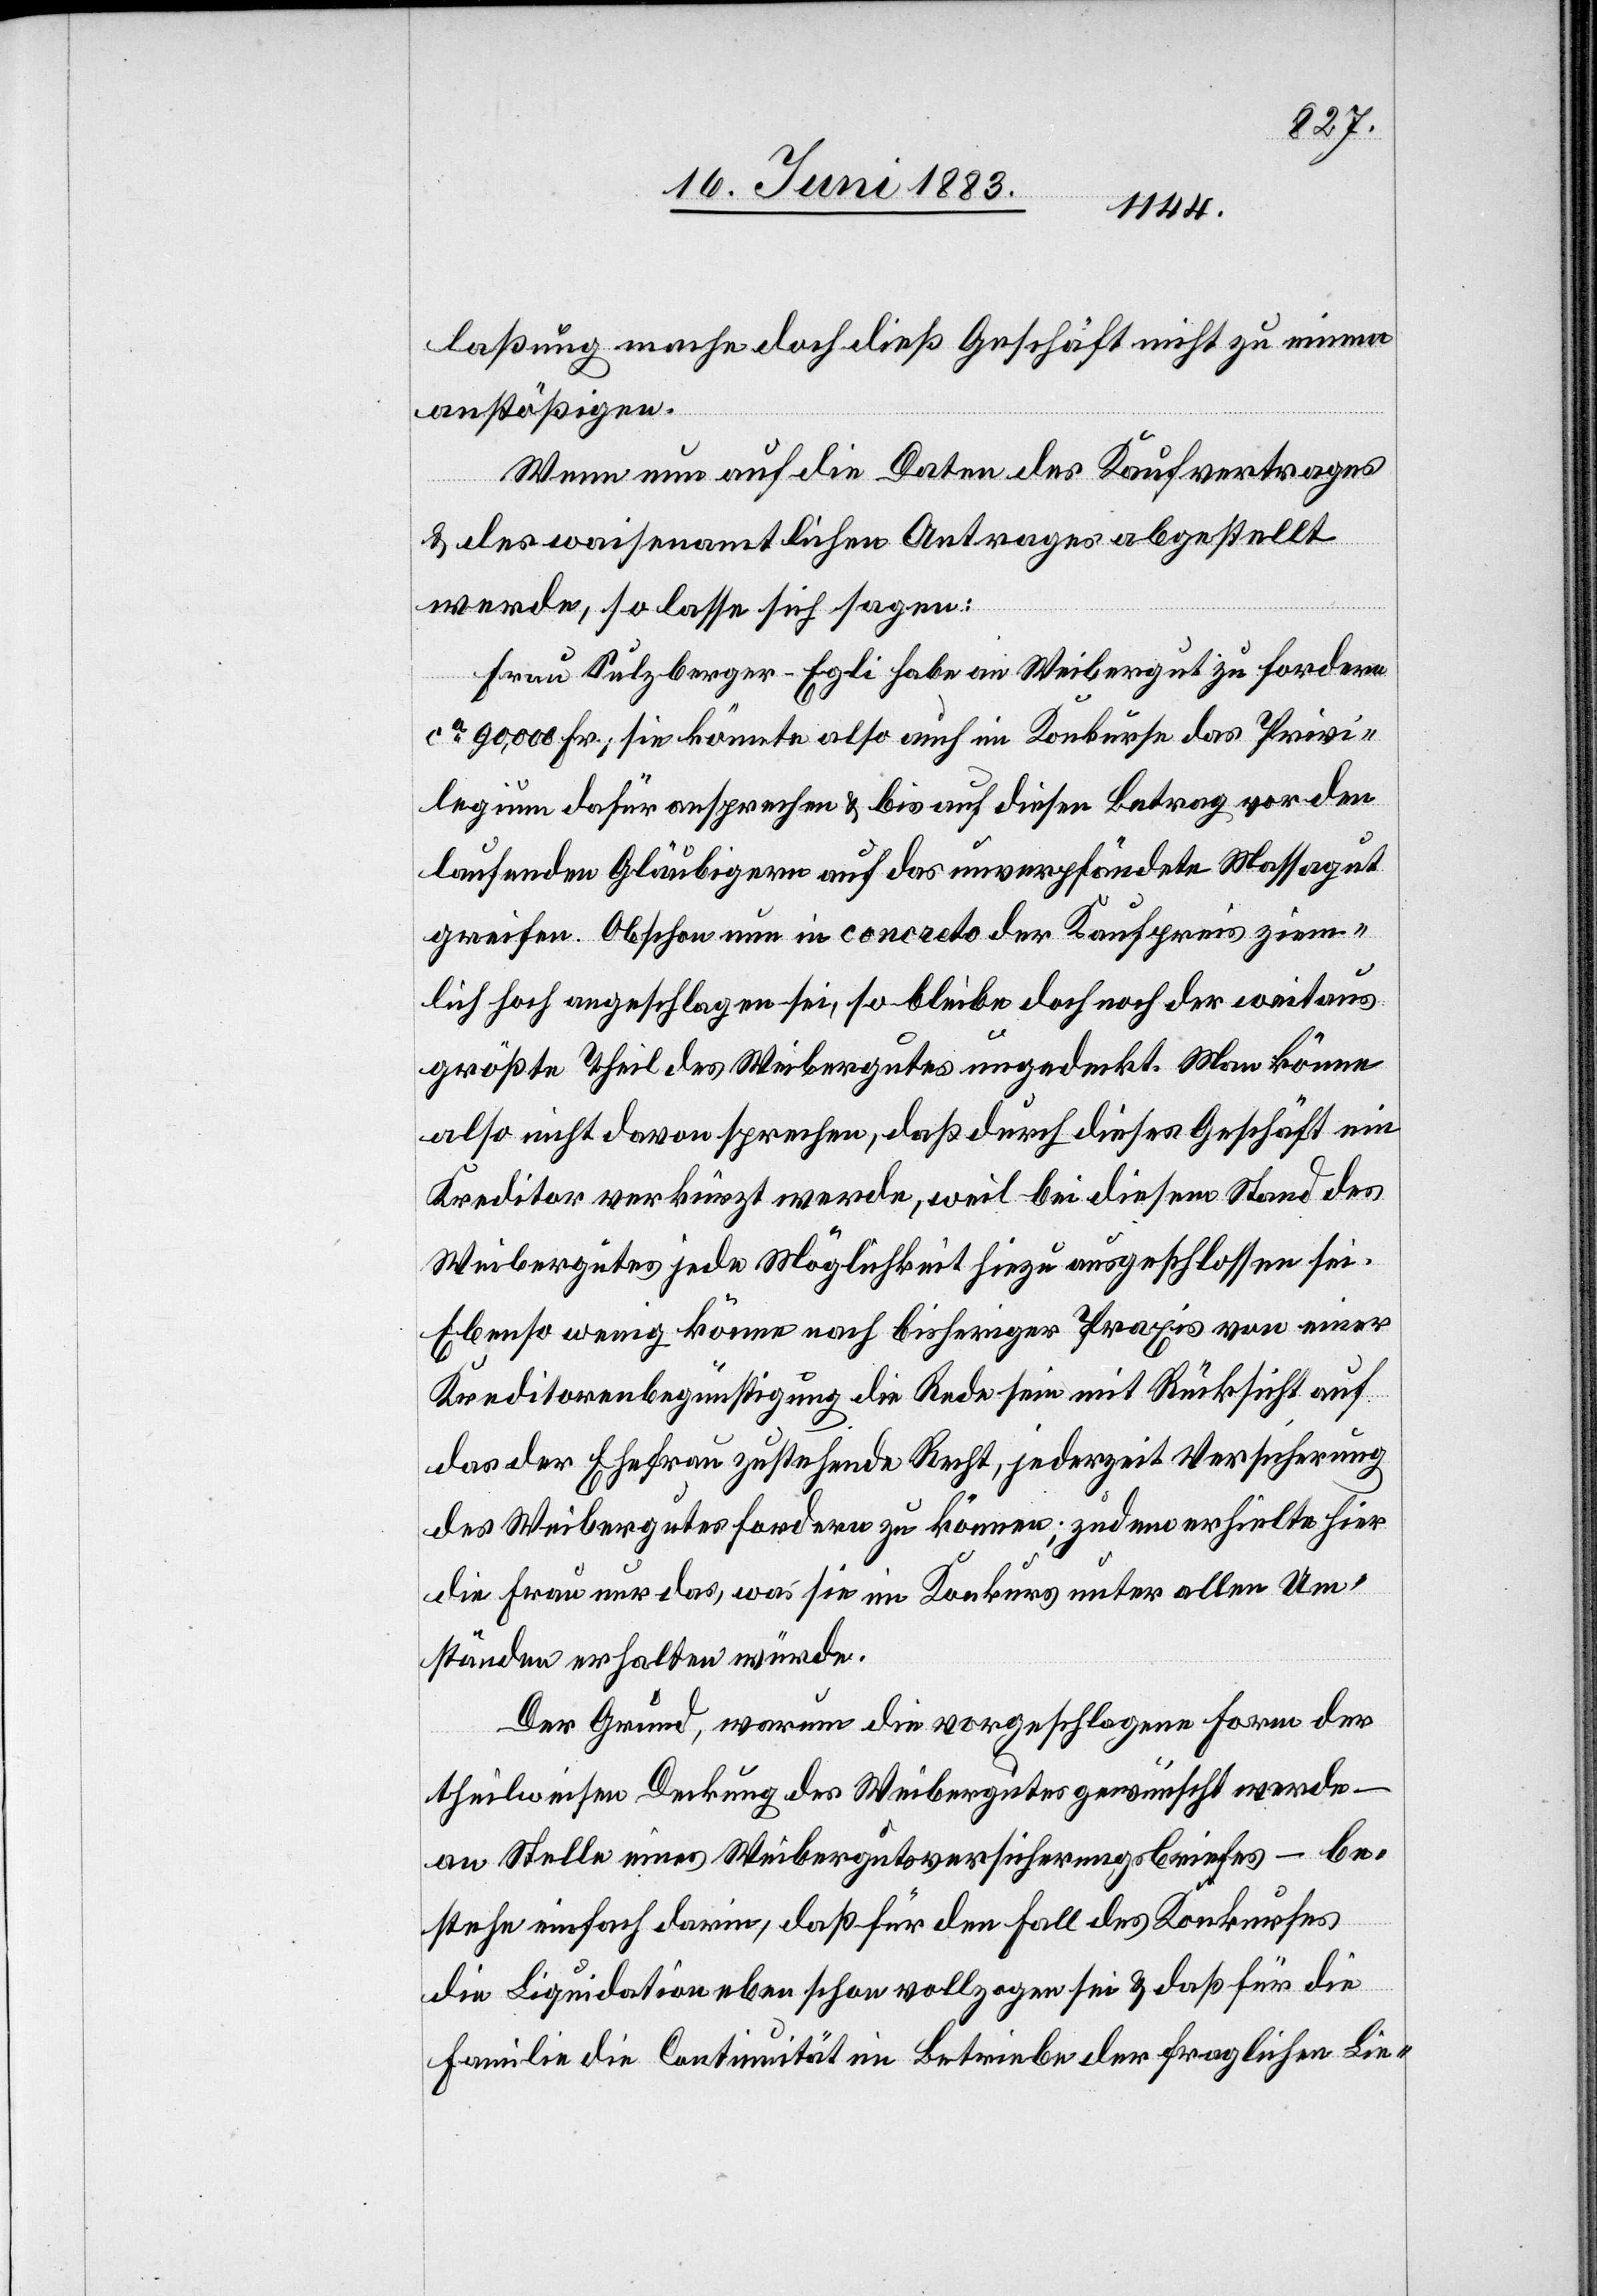
lassung mache doch dieß Geschäft nicht zu einem
anstößigen.
Wenn nun auf die Daten des Kaufvertrages
& des waisenamtlichen Antrages abgestellt
werde, so lasse sich sagen:
Frau Sulzberger-Egli habe an Weibergut zu fordern
ca 90,000 Fr.; sie könnte also auch im Konkurse das Privi¬
legium dafür ansprechen & bis auf diesen Betrag vor den
laufenden Gläubigern auf das unverpfändete Massagut
greifen. Obschon nun in concreto der Kaufpreis ziem¬
lich hoch angeschlagen sei, so bleibe doch noch der weitaus
größte Theil des Weibergutes ungedeckt. Man könne
also nicht davon sprechen, daß durch dieses Geschäft ein
Kreditor verkürzt werde, weil bei diesem Stand des
Weibergutes jede Möglichkeit hiezu ausgeschlossen sei.
Ebenso wenig könne nach bisheriger Praxis von einer
Kreditorenbegünstigung die Rede sein mit Rücksicht auf
das der Ehefrau zustehende Recht, jederzeit Versicherung
des Weibergutes fordern zu können; zudem erhielte hier
die Frau nur das, was sie im Konkurs unter allen Um¬
ständen enthalten würde.
Der Grund, warum die vorgeschlagene Form der
theilweisen Deckung des Weibergutes gewünscht werde –
an Stelle eines Weibergutesversicherungsbriefes – be¬
stehe einfach darin, daß für den Fall des Konkurses
die Liquidation eben schon vollzogen sei & daß für die
Familie die Continuität im Betriebe der fraglichen Lie-